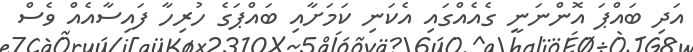
އަދި ބައްޕަ އޮންނަނީ ގެއެއްގައި އެކަނި ކަމަށާއި ބައްޕަގެ ހުރިހާ ފައިސާއެއް ވެސް